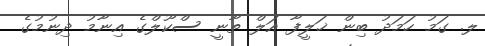
ލ. ގަމު ހަމަދު ބިން ޚަލީފާ އަލް ތާނީ ސްކޫލްގެ އިނާމު ދިނުމުގެ